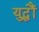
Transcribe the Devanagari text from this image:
युद्धौं